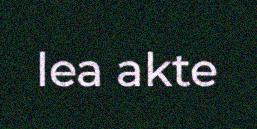
lea akte